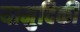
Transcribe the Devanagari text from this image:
यामुदिकी